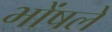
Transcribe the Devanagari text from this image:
भोंषले